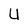
Character: U